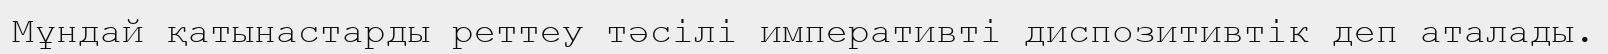
Мұндай қатынастарды реттеу тәсілі императивті диспозитивтік деп аталады.